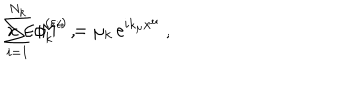
LaTeX: \sum _ { i = 1 } ^ { N _ { k } } \phi _ { k } ^ { ( \varepsilon _ { i } ) } = \mu _ { k } \, \mathrm { e } ^ { i k _ { \mu } x ^ { \mu } } \; , \hspace { 1 c m } x \in { \sf M } ^ { 4 } \; ,